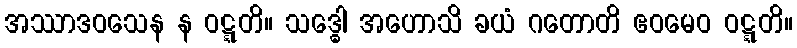
အဿာဒဝသေန န ဝဋ္ဋတိ။ သဒ္ဓေါ အဟောသိ ခယံ ဂတောတိ ဧဝမေဝ ဝဋ္ဋတိ။